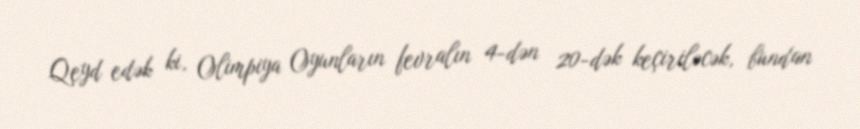
Qeyd edək ki, Olimpiya Oyunların fevralın 4-dən 20-dək keçiriləcək, bundan